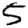
Digit: 5